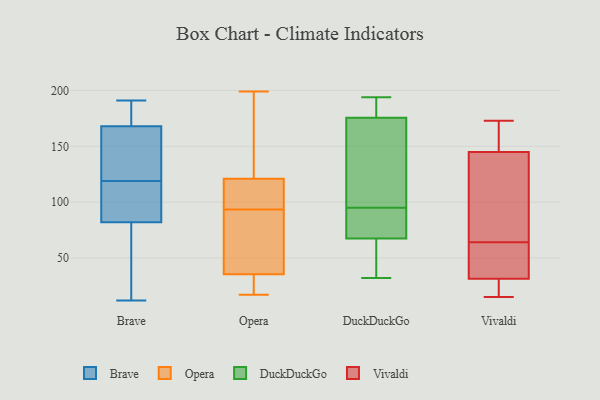
{"axis": {"x": "Active Users", "y": "Value"}, "legend": ["Brave", "DuckDuckGo", "Opera", "Vivaldi"], "data": [{"x": "", "y": 115, "type": "Brave"}, {"x": "", "y": 152, "type": "Brave"}, {"x": "", "y": 113, "type": "Brave"}, {"x": "", "y": 33, "type": "Brave"}, {"x": "", "y": 101, "type": "Brave"}, {"x": "", "y": 169, "type": "Brave"}, {"x": "", "y": 185, "type": "Brave"}, {"x": "", "y": 191, "type": "Brave"}, {"x": "", "y": 12, "type": "Brave"}, {"x": "", "y": 30, "type": "Brave"}, {"x": "", "y": 100, "type": "Brave"}, {"x": "", "y": 136, "type": "Brave"}, {"x": "", "y": 71, "type": "Brave"}, {"x": "", "y": 119, "type": "Brave"}, {"x": "", "y": 134, "type": "Brave"}, {"x": "", "y": 76, "type": "Brave"}, {"x": "", "y": 165, "type": "Brave"}, {"x": "", "y": 190, "type": "Brave"}, {"x": "", "y": 189, "type": "Brave"}, {"x": "", "y": 72, "type": "Opera"}, {"x": "", "y": 191, "type": "Opera"}, {"x": "", "y": 131, "type": "Opera"}, {"x": "", "y": 199, "type": "Opera"}, {"x": "", "y": 28, "type": "Opera"}, {"x": "", "y": 25, "type": "Opera"}, {"x": "", "y": 80, "type": "Opera"}, {"x": "", "y": 29, "type": "Opera"}, {"x": "", "y": 109, "type": "Opera"}, {"x": "", "y": 107, "type": "Opera"}, {"x": "", "y": 40, "type": "Opera"}, {"x": "", "y": 31, "type": "Opera"}, {"x": "", "y": 88, "type": "Opera"}, {"x": "", "y": 126, "type": "Opera"}, {"x": "", "y": 99, "type": "Opera"}, {"x": "", "y": 85, "type": "Opera"}, {"x": "", "y": 106, "type": "Opera"}, {"x": "", "y": 17, "type": "Opera"}, {"x": "", "y": 154, "type": "Opera"}, {"x": "", "y": 116, "type": "Opera"}, {"x": "", "y": 186, "type": "DuckDuckGo"}, {"x": "", "y": 66, "type": "DuckDuckGo"}, {"x": "", "y": 72, "type": "DuckDuckGo"}, {"x": "", "y": 73, "type": "DuckDuckGo"}, {"x": "", "y": 192, "type": "DuckDuckGo"}, {"x": "", "y": 105, "type": "DuckDuckGo"}, {"x": "", "y": 171, "type": "DuckDuckGo"}, {"x": "", "y": 95, "type": "DuckDuckGo"}, {"x": "", "y": 194, "type": "DuckDuckGo"}, {"x": "", "y": 88, "type": "DuckDuckGo"}, {"x": "", "y": 177, "type": "DuckDuckGo"}, {"x": "", "y": 32, "type": "DuckDuckGo"}, {"x": "", "y": 44, "type": "DuckDuckGo"}, {"x": "", "y": 36, "type": "DuckDuckGo"}, {"x": "", "y": 150, "type": "DuckDuckGo"}, {"x": "", "y": 154, "type": "Vivaldi"}, {"x": "", "y": 36, "type": "Vivaldi"}, {"x": "", "y": 37, "type": "Vivaldi"}, {"x": "", "y": 40, "type": "Vivaldi"}, {"x": "", "y": 133, "type": "Vivaldi"}, {"x": "", "y": 88, "type": "Vivaldi"}, {"x": "", "y": 171, "type": "Vivaldi"}, {"x": "", "y": 26, "type": "Vivaldi"}, {"x": "", "y": 15, "type": "Vivaldi"}, {"x": "", "y": 27, "type": "Vivaldi"}, {"x": "", "y": 173, "type": "Vivaldi"}, {"x": "", "y": 136, "type": "Vivaldi"}]}